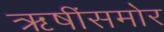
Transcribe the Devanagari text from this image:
ऋषींसमोर